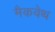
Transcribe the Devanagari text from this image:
मैकवेथ